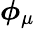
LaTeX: \boldsymbol{\phi}_{\mu}